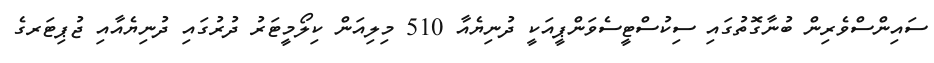
ސައިންސްވެރިން ބުނާގޮތުގައި ސިކުސްޓީސެވަންޕީއަކީ ދުނިޔެއާ 510 މިލިއަން ކިލޯމީޓަރު ދުރުގައި ދުނިޔެއާއި ޖުޕިޓަރގެ